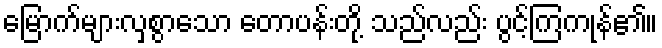
မြောက်များလှစွာသော တောပန်းတို့ သည်လည်း ပွင့်ကြကုန်၏။